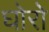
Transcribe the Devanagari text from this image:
घोरो